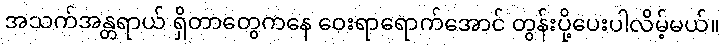
အသက်အန္တရာယ် ရှိတာတွေကနေ ဝေးရာရောက်အောင် တွန်းပို့ပေးပါလိမ့်မယ်။